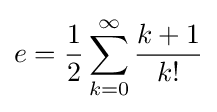
e={\frac {1}{2}}\sum _{k=0}^{\infty }{\frac {k+1}{k!}}